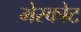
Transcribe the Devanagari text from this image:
मेस्कोट